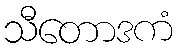
သီတောဒကံ